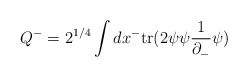
\begin{align*}Q^-=2^{1/4}\int dx^-\mbox{tr}(2\psi\psi\frac{1}{\partial_-}\psi)\end{align*}